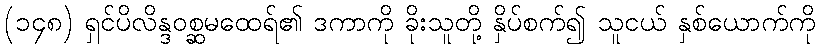
(၁၄၈) ရှင်ပိလိန္ဒဝစ္ဆမထေရ်၏ ဒကာကို ခိုးသူတို့ နှိပ်စက်၍ သူငယ် နှစ်ယောက်ကို